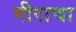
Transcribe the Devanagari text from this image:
मीराचा